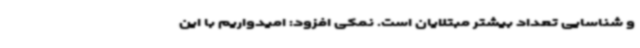
و شناسایی تعداد بیشتر مبتلایان است. نمکی افزود: امیدواریم با این